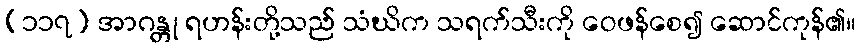
(၁၁၇) အာဂန္တု ရဟန်းတို့သည် သံဃိက သရက်သီးကို ဝေဖန်စေ၍ ဆောင်ကုန်၏။